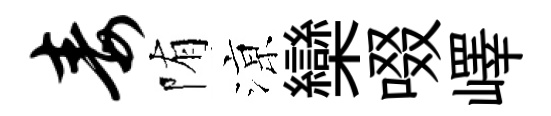
毒陏鿌欒啜嶧